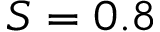
S = 0 . 8